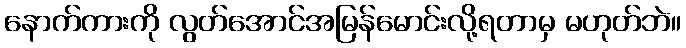
နောက်ကားကို လွတ်အောင်အမြန်မောင်းလို့ရတာမှ မဟုတ်ဘဲ။